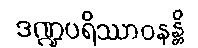
ဒဏ္ဍပရိဿာဝနန္တိ